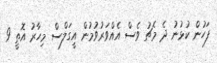
ފަހުން ކުޅުނު ދެ މެޗު ވެސް އެއްވަރުވުމުން އީގަލްސް މިހާރު އޮތީ 9